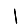
Digit: 1